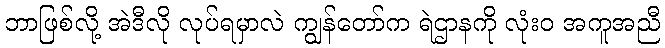
ဘာဖြစ်လို့ အဲဒီလို လုပ်ရမှာလဲ ကျွန်တော်က ရဲဌာနကို လုံးဝ အကူအညီ